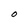
Character: O